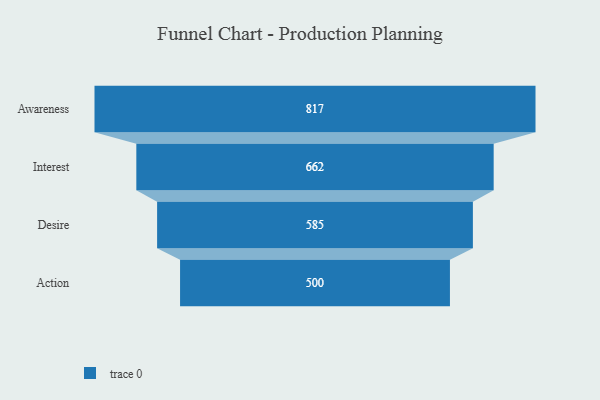
{"axis": {"x": "Stage", "y": "Value"}, "legend": [""], "data": [{"x": "Awareness", "y": 817.0, "type": ""}, {"x": "Interest", "y": 662.0, "type": ""}, {"x": "Desire", "y": 585.0, "type": ""}, {"x": "Action", "y": 500, "type": ""}]}